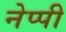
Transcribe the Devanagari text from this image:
नेप्पी